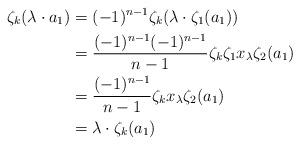
LaTeX: \begin{align*}\zeta_k(\lambda \cdot a_1) & = (-1)^{n-1} \zeta_k(\lambda\cdot \zeta_1(a_1))\\& = \frac{(-1)^{n-1}(-1)^{n-1}}{n-1} \zeta_k \zeta_1 x_\lambda \zeta_2(a_1)\\& = \frac{(-1)^{n-1}}{n-1} \zeta_k x_\lambda \zeta_2(a_1)\\& = \lambda \cdot \zeta_k (a_1)\end{align*}